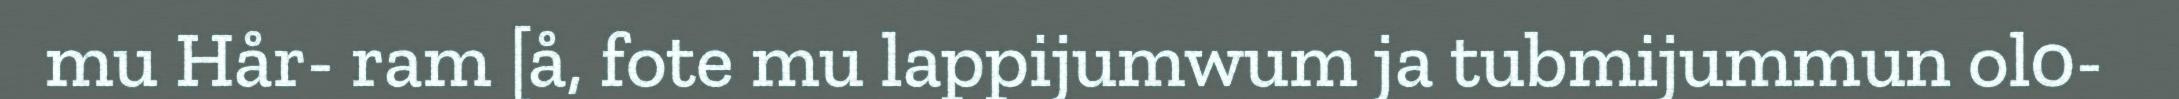
mu Hår- ram [å, fote mu lappijumwum ja tubmijummun ol0-